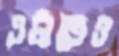
এটাতেও